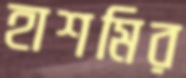
হাশমির